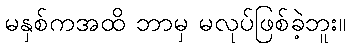
မနှစ်ကအထိ ဘာမှ မလုပ်ဖြစ်ခဲ့ဘူး။